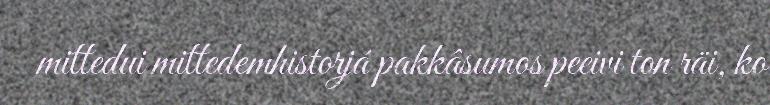
mittedui mittedemhistorjá pakkâsumos peeivi ton räi, ko